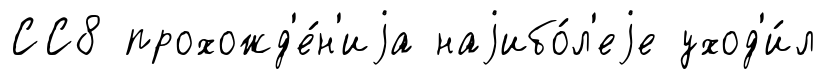
СС8 прохожд'е́н'иjа наjибо́л'еjе уход'и́л